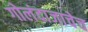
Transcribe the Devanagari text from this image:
गोलंदाजाचेच